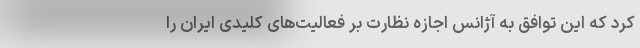
کرد که این توافق به آژانس اجازه نظارت بر فعالیت‌های کلیدی ایران را